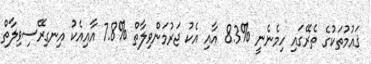
ޤައުމުތަކުގެ ތެރޭގައި ހިމެނެނީ %8.3 އާއި އެކު ޖަރުމަންވިލާތް %7.8 އާއިއެކު އިނގިރޭސިވިލާތް